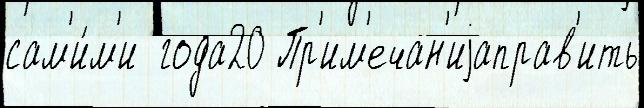
сам'и́м'и  года20 Пр'им'ечан'иjаправ'ить